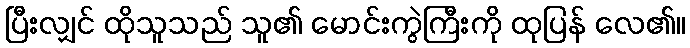
ပြီးလျှင် ထိုသူသည် သူ၏ မောင်းကွဲကြီးကို ထုပြန် လေ၏။